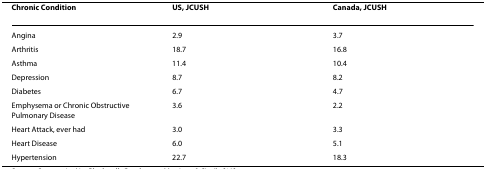
| Chronic Condition | US, JCUSH | Canada, JCUSH |
 | --- | --- | --- |
 | Angina | 2.9 | 3.7 |
 | Arthritis | 18.7 | 16.8 |
 | Asthma | 11.4 | 10.4 |
 | Depression | 8.7 | 8.2 |
 | Diabetes | 6.7 | 4.7 |
 | Emphysema or Chronic Obstructive Pulmonary Disease | 3.6 | 2.2 |
 | Heart Attack, ever had | 3.0 | 3.3 |
 | Heart Disease | 6.0 | 5.1 |
 | Hypertension | 22.7 | 18.3 |